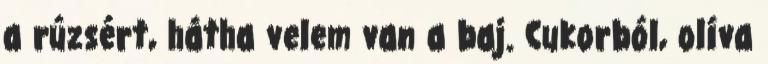
a rúzsért, hátha velem van a baj. Cukorból, olíva